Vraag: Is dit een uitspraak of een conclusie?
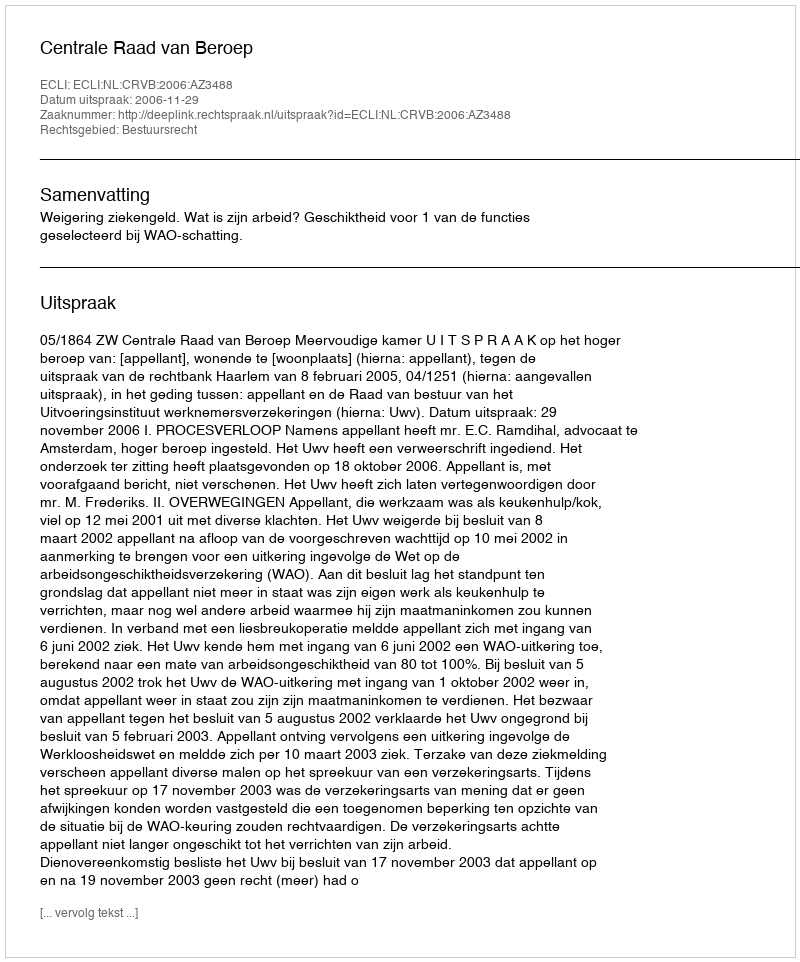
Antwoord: Uitspraak